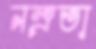
নম্রতা